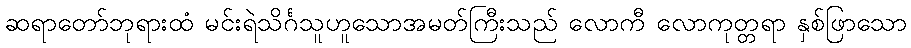
ဆရာတော်ဘုရားထံ မင်းရဲသိင်္ဂသူဟူသောအမတ်ကြီးသည် လောကီ လောကုတ္တရာ နှစ်ဖြာသော